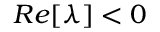
R e [ \lambda ] < 0